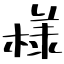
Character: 様